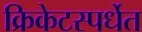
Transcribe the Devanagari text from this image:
क्रिकेटस्पर्धेत